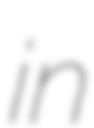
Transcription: in